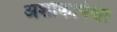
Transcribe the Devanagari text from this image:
अशोकापेक्षा